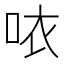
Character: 𠲖